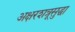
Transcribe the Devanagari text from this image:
अक्षरशत्रूसुद्धा